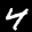
Label: 4